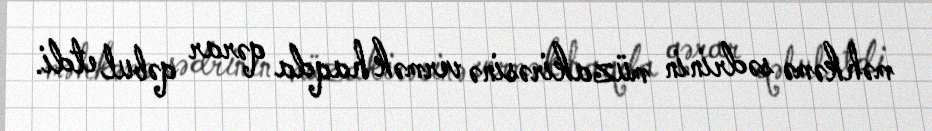
məhkəmə sədrinin müzakirəsinə vermək haqda qərar qəbul etdi.